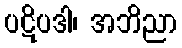
ပဋိပဒါ၊ အဘိညာ